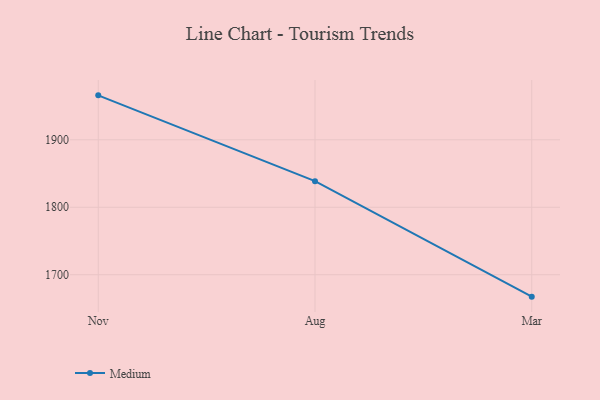
{"axis": {"x": "Month", "y": "Conversion Rate (%)"}, "legend": ["Medium"], "data": [{"x": "Nov", "y": 1965.9, "type": "Medium"}, {"x": "Aug", "y": 1838.7, "type": "Medium"}, {"x": "Mar", "y": 1667.5, "type": "Medium"}]}